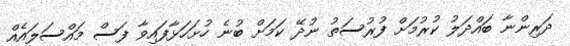
ދަރިންނާ ބައްދަލު ކުރުމަށް ފުރުސަތު ނުދޭ ކަމަށް ބުނެ ހުށަހަޅާފައިވާ ފަސް މައްސަލައެއް